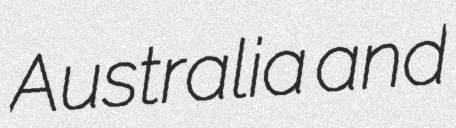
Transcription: Australia and